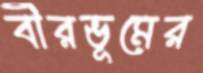
বীরভূমের